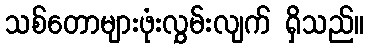
သစ်တောများဖုံးလွှမ်းလျက် ရှိသည်။